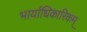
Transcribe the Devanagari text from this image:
भार्याधिकारिकम्